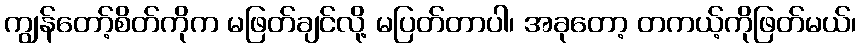
ကျွန်တော့်စိတ်ကိုက မဖြတ်ချင်လို့ မပြတ်တာပါ၊ အခုတော့ တကယ့်ကိုဖြတ်မယ်၊